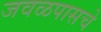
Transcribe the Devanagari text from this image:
जवळपासचे